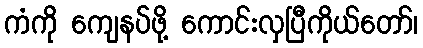
ကံကို ကျေနပ်ဖို့ ကောင်းလှပြီကိုယ်တော်၊